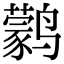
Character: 鹲